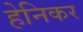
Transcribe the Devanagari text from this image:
हेनिकर